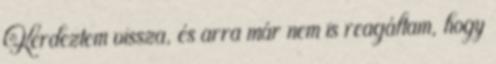
Kérdeztem vissza, és arra már nem is reagáltam, hogy